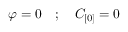
\varphi = 0 \quad ; \quad C _ { [ 0 ] } = 0